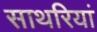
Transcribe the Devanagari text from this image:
साथरियां